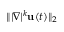
\| | \nabla | ^ { k } \mathbf { u } ( t ) \| _ { 2 }